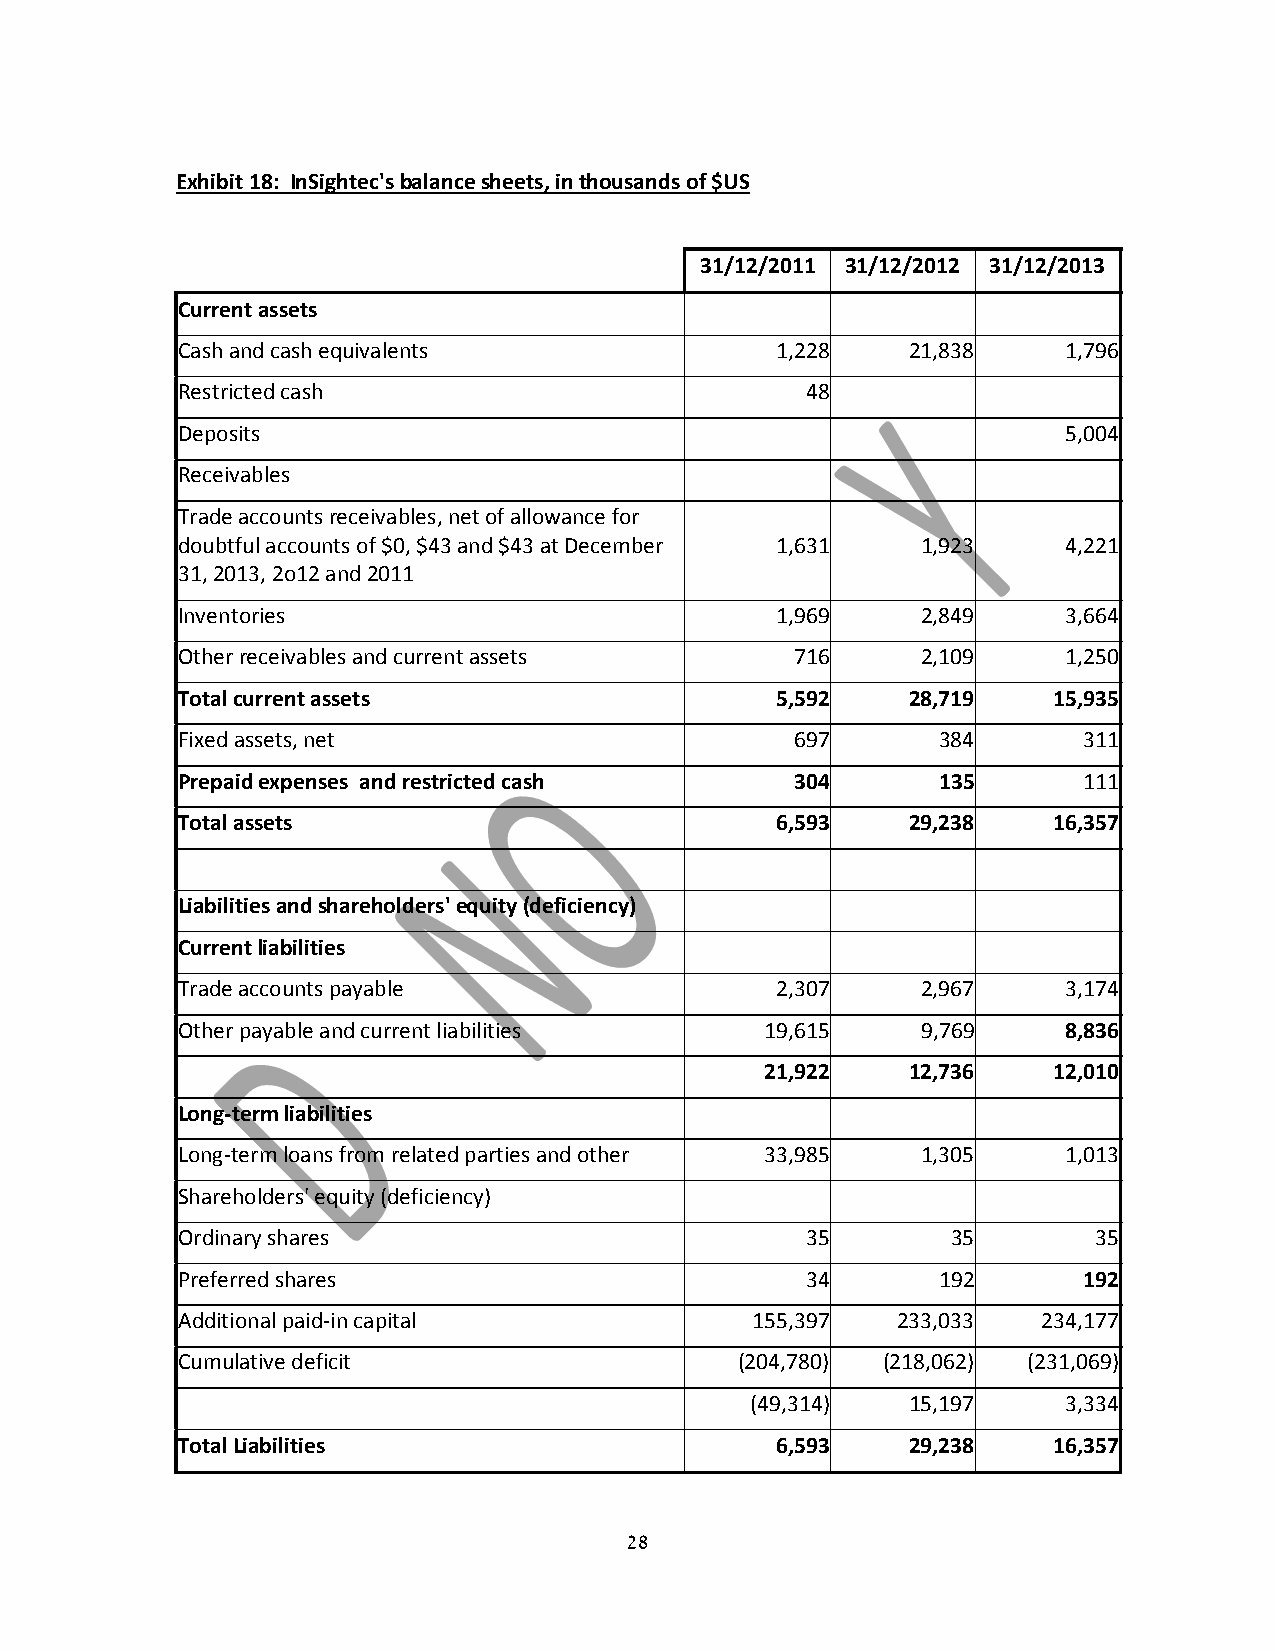
Exhibit 18: InSightec's balance sheets, in thousands of $US
 31/12/2011 31/12/2012 31/12/2013
 Current assets
 Cash and cash equivalents              1,228    21,838     1,796
 Restricted cash                          48
 Deposits                                                   5,004
 Receivables
 Trade accounts receivables, net of allowance for
 doubtful accounts of $0, $43 and $43 at December 1,631 1,923 4,221
 31, 2013, 2o12 and 2011
 Inventories                            1,969     2,849     3,664
 Other receivables and current assets     716     2,109     1,250
 Total current assets                   5,592    28,719    15,935
 Fixed assets, net                        697      384       311
 Prepaid expenses and restricted cash     304      135       111
 Total assets                           6,593    29,238    16,357
 Liabilities and shareholders' equity (deficiency)
 Current liabilities
 Trade accounts payable                 2,307     2,967     3,174
 Other payable and current liabilities  19,615    9,769     8,836
 21,922   12,736    12,010
 Long‐term liabilities
 Long‐term loans from related parties and other 33,985 1,305 1,013
 Shareholders' equity (deficiency)
 Ordinary shares                          35        35        35
 Preferred shares                         34       192       192
 Additional paid‐in capital            155,397  233,033   234,177
 Cumulative deficit                   (204,780) (218,062) (231,069)
 (49,314)  15,197     3,334
 Total Liabilities                      6,593    29,238    16,357
 28